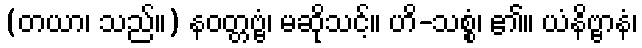
(တယာ၊ သည်။) နဝတ္တဗ္ဗံ၊ မဆိုသင့်။ ဟိ-သစ္စံ၊ ၏။ ယံနိဗ္ဗာနံ၊